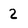
Character: 2